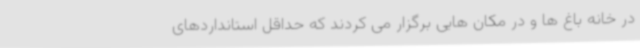
در خانه باغ ها و در مکان هایی برگزار می کردند که حداقل استانداردهای